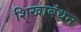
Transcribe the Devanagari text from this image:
शिखाबंधन